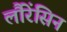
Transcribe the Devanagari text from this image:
लौरेंसिन